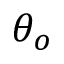
\theta _ { o }